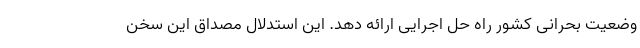
وضعیت بحرانی کشور راه حل اجرایی ارائه دهد. این استدلال مصداق این سخن